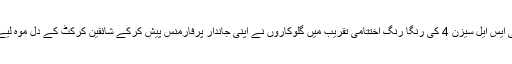
پی ایس ایل سیزن 4 کی رنگا رنگ اختتامی تقریب میں گلوکاروں نے اپنی جاندار پرفارمنس پیش کرکے شائقین کرکٹ کے دل موہ لیے۔